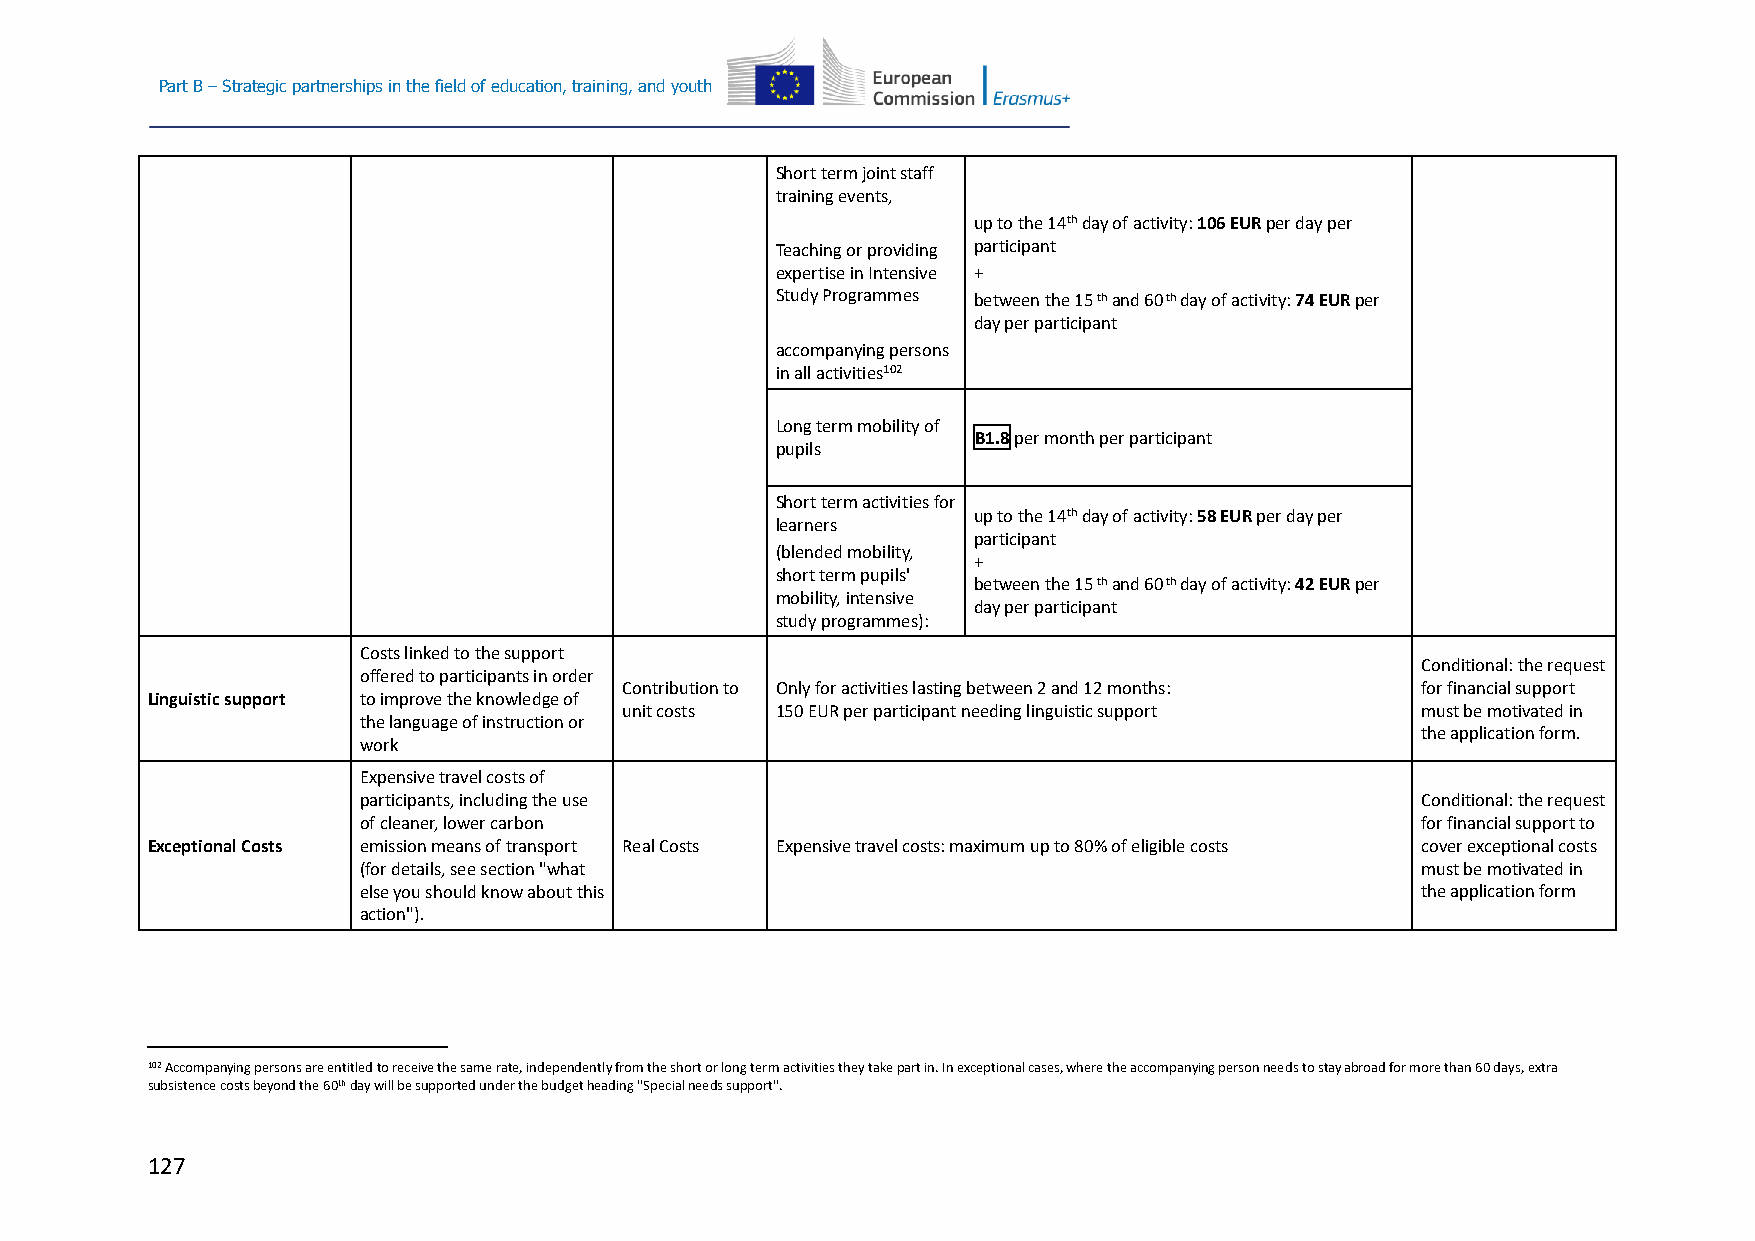
Part B – Strategic partnerships in the field of education, training, and youth
 Short term joint staff
 training events,
 up to the 14th day of activity: 106 EUR per day per
 Teaching or providing participant
 expertise in Intensive +
 Study Programmes between the 15 th and 60 th day of activity: 74 EUR per
 day per participant
 accompanying persons
 in all activities102
 Long term mobility of
 B1.8 per month per participant
 pupils
 Short term activities for
 up to the 14th day of activity: 58 EUR per day per
 learners
 participant
 (blended mobility,
 +
 short term pupils'
 between the 15 th and 60 th day of activity: 42 EUR per
 mobility, intensive
 day per participant
 study programmes):
 Costs linked to the support
 Conditional: the request
 offered to participants in order
 Contribution to Only for activities lasting between 2 and 12 months: for financial support
 Linguistic support to improve the knowledge of
 unit costs 150 EUR per participant needing linguistic support must be motivated in
 the language of instruction or
 the application form.
 work
 Expensive travel costs of
 participants, including the use                                       Conditional: the request
 of cleaner, lower carbon                                              for financial support to
 Exceptional Costs emission means of transport Real Costs Expensive travel costs: maximum up to 80% of eligible costs cover exceptional costs
 (for details, see section "what                                       must be motivated in
 else you should know about this                                       the application form
 action").
 102 Accompanying persons are entitled to receive the same rate, independently from the short or long term activities they take part in. In exceptional cases, where the accompanying person needs to stay abroad for more than 60 days, extra
 subsistence costs beyond the 60th day will be supported under the budget heading "Special needs support".
 127